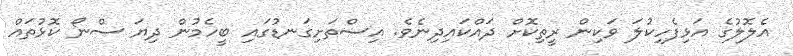
އެލޮލުގެ އަޅިފެހިކުލަ ވަކިން ރީތިކޮށް ދައްކައިދިނެވެ. އިސްތަށިގަނޑުގައި ބީހެމުން ދިޔަ ސްނޯ ކޮޅުތައް